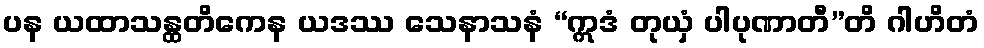
ပန ယထာသန္ထတိကေန ယဒဿ သေနာသနံ “ဣဒံ တုယှံ ပါပုဏာတီ”တိ ဂါဟိတံ